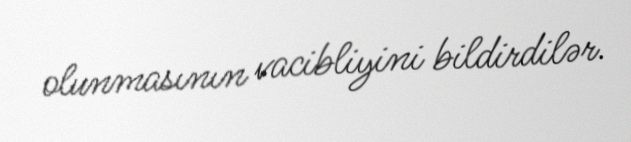
olunmasının vacibliyini bildirdilər.